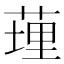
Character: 𦷯